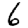
Digit: 6